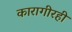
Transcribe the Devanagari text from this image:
कारागीरही